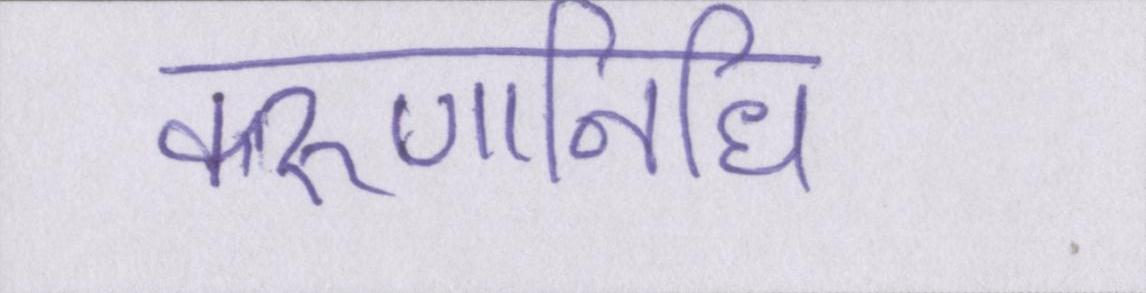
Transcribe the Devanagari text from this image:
करुणानिधि